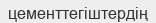
цементтегіштердің